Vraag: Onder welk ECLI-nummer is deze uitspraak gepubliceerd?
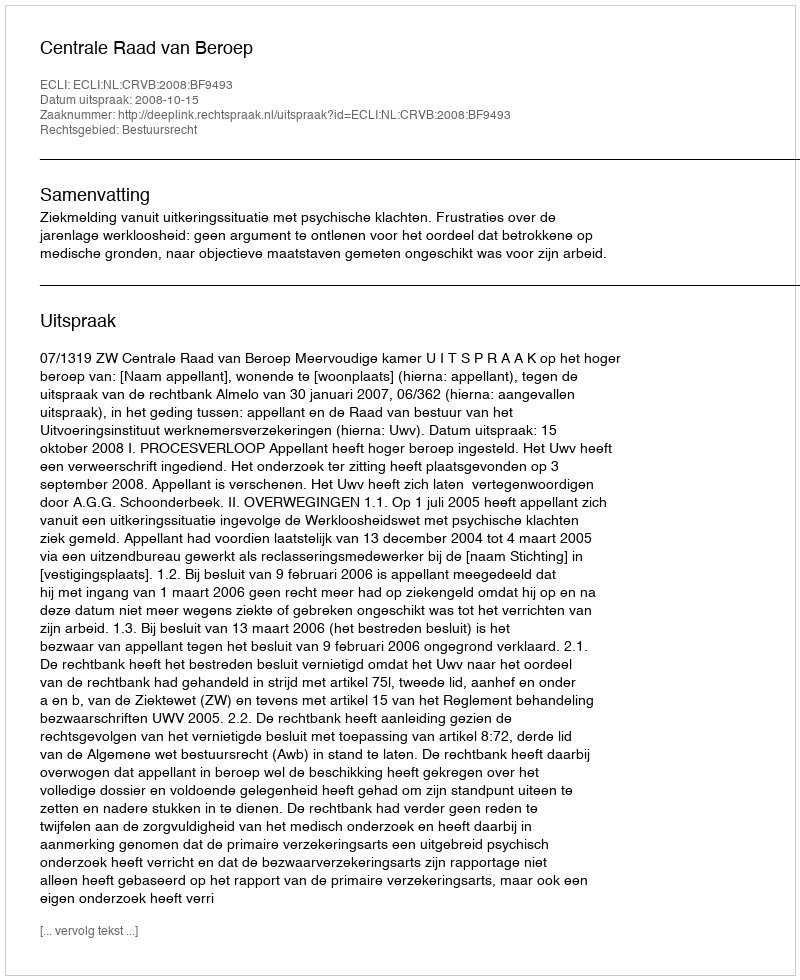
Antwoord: ECLI:NL:CRVB:2008:BF9493